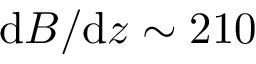
\mathrm { d } B / \mathrm { d } z \sim 2 1 0